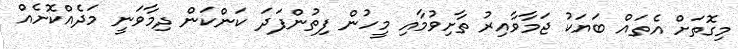
މިގޮތަށް އެތައް ބަޔަކު ޖަމާވާއިރު ތާށިވުމާއި މީހުން ފިތުންފަދަ ކަންކަން ދިމާވަނީ މަދެއްކޮށެއް